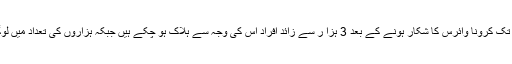
مجموعی طور پر اب تک کرونا وائرس کا شکار ہونے کے بعد 3 ہزا ر سے زائد افراد اس کی وجہ سے ہلاک ہو چکے ہیں جبکہ ہزاروں کی تعداد میں لوگ اس سے متاثر ہیں۔